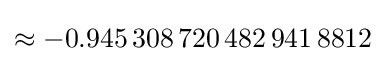
\approx -0.945\,308\,720\,482\,941\,8812